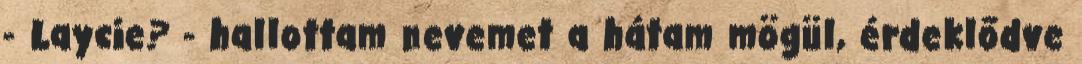
- Laycie? - hallottam nevemet a hátam mögül, érdeklődve